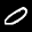
Label: 0